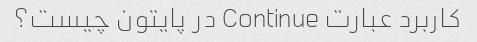
کاربرد عبارت Continue در پایتون چیست؟